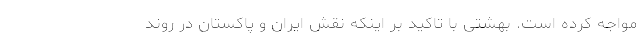
مواجه کرده است. بهشتی با تاکید بر اینکه نقش ایران و پاکستان در روند